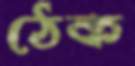
ঠেক